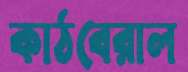
কাঠবেরাল